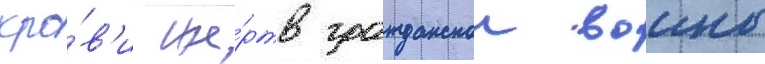
кро́в'и же́ртв гражданскои воины